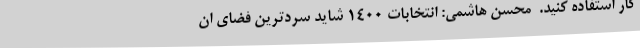
کار استفاده کنید.  محسن هاشمی: انتخابات ۱۴۰۰ شاید سردترین فضای ان